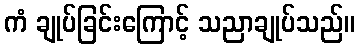
ကံ ချုပ်ခြင်းကြောင့် သညာချုပ်သည်။